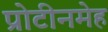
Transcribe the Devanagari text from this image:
प्रोटीनमेह